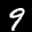
Label: 9